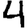
Digit: 4